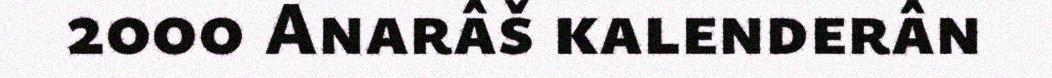
2000 Anarâš kalenderân